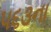
૫૬૩ના